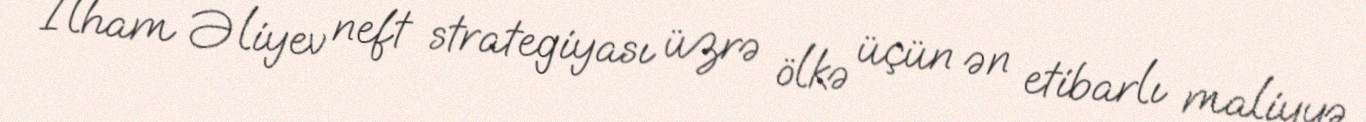
İlham Əliyev neft strategiyası üzrə ölkə üçün ən etibarlı maliyyə